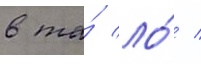
в та́ ло́ /